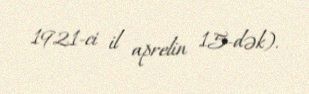
1921-ci il aprelin 15-dək).